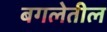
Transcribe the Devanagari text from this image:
बगलेतील